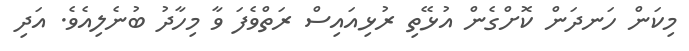
މިކަން ހަނދަން ކޮށްގެން އުޅޭތި ރުޅިއައިސް ރަތްވެފަ ވާ މިހާދު ބުނެލިއެވެ. އަދި